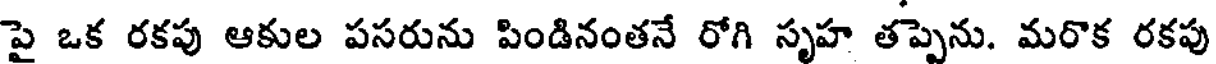
పై ఒక రకపు ఆకుల పసరును పిండినంతనే రోగి సృహ తప్పెను. మరొక రకపు